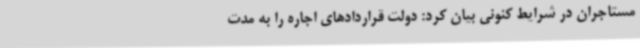
مستاجران در شرایط کنونی بیان کرد: دولت قراردادهای اجاره را به مدت